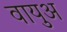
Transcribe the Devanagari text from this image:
वायुअ